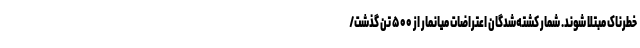
خطرناک مبتلا شوند. شمار کشته‌شدگان اعتراضات میانمار از ۵۰۰ تن گذشت/